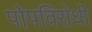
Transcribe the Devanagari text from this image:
पोपविरोधी